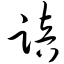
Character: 踣